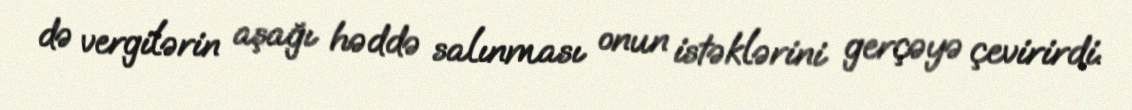
də vergilərin aşağı həddə salınması onun istəklərini gerçəyə çevirirdi.